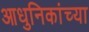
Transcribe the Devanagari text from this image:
आधुनिकांच्या